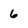
Character: 6